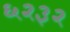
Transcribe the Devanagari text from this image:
६२३२